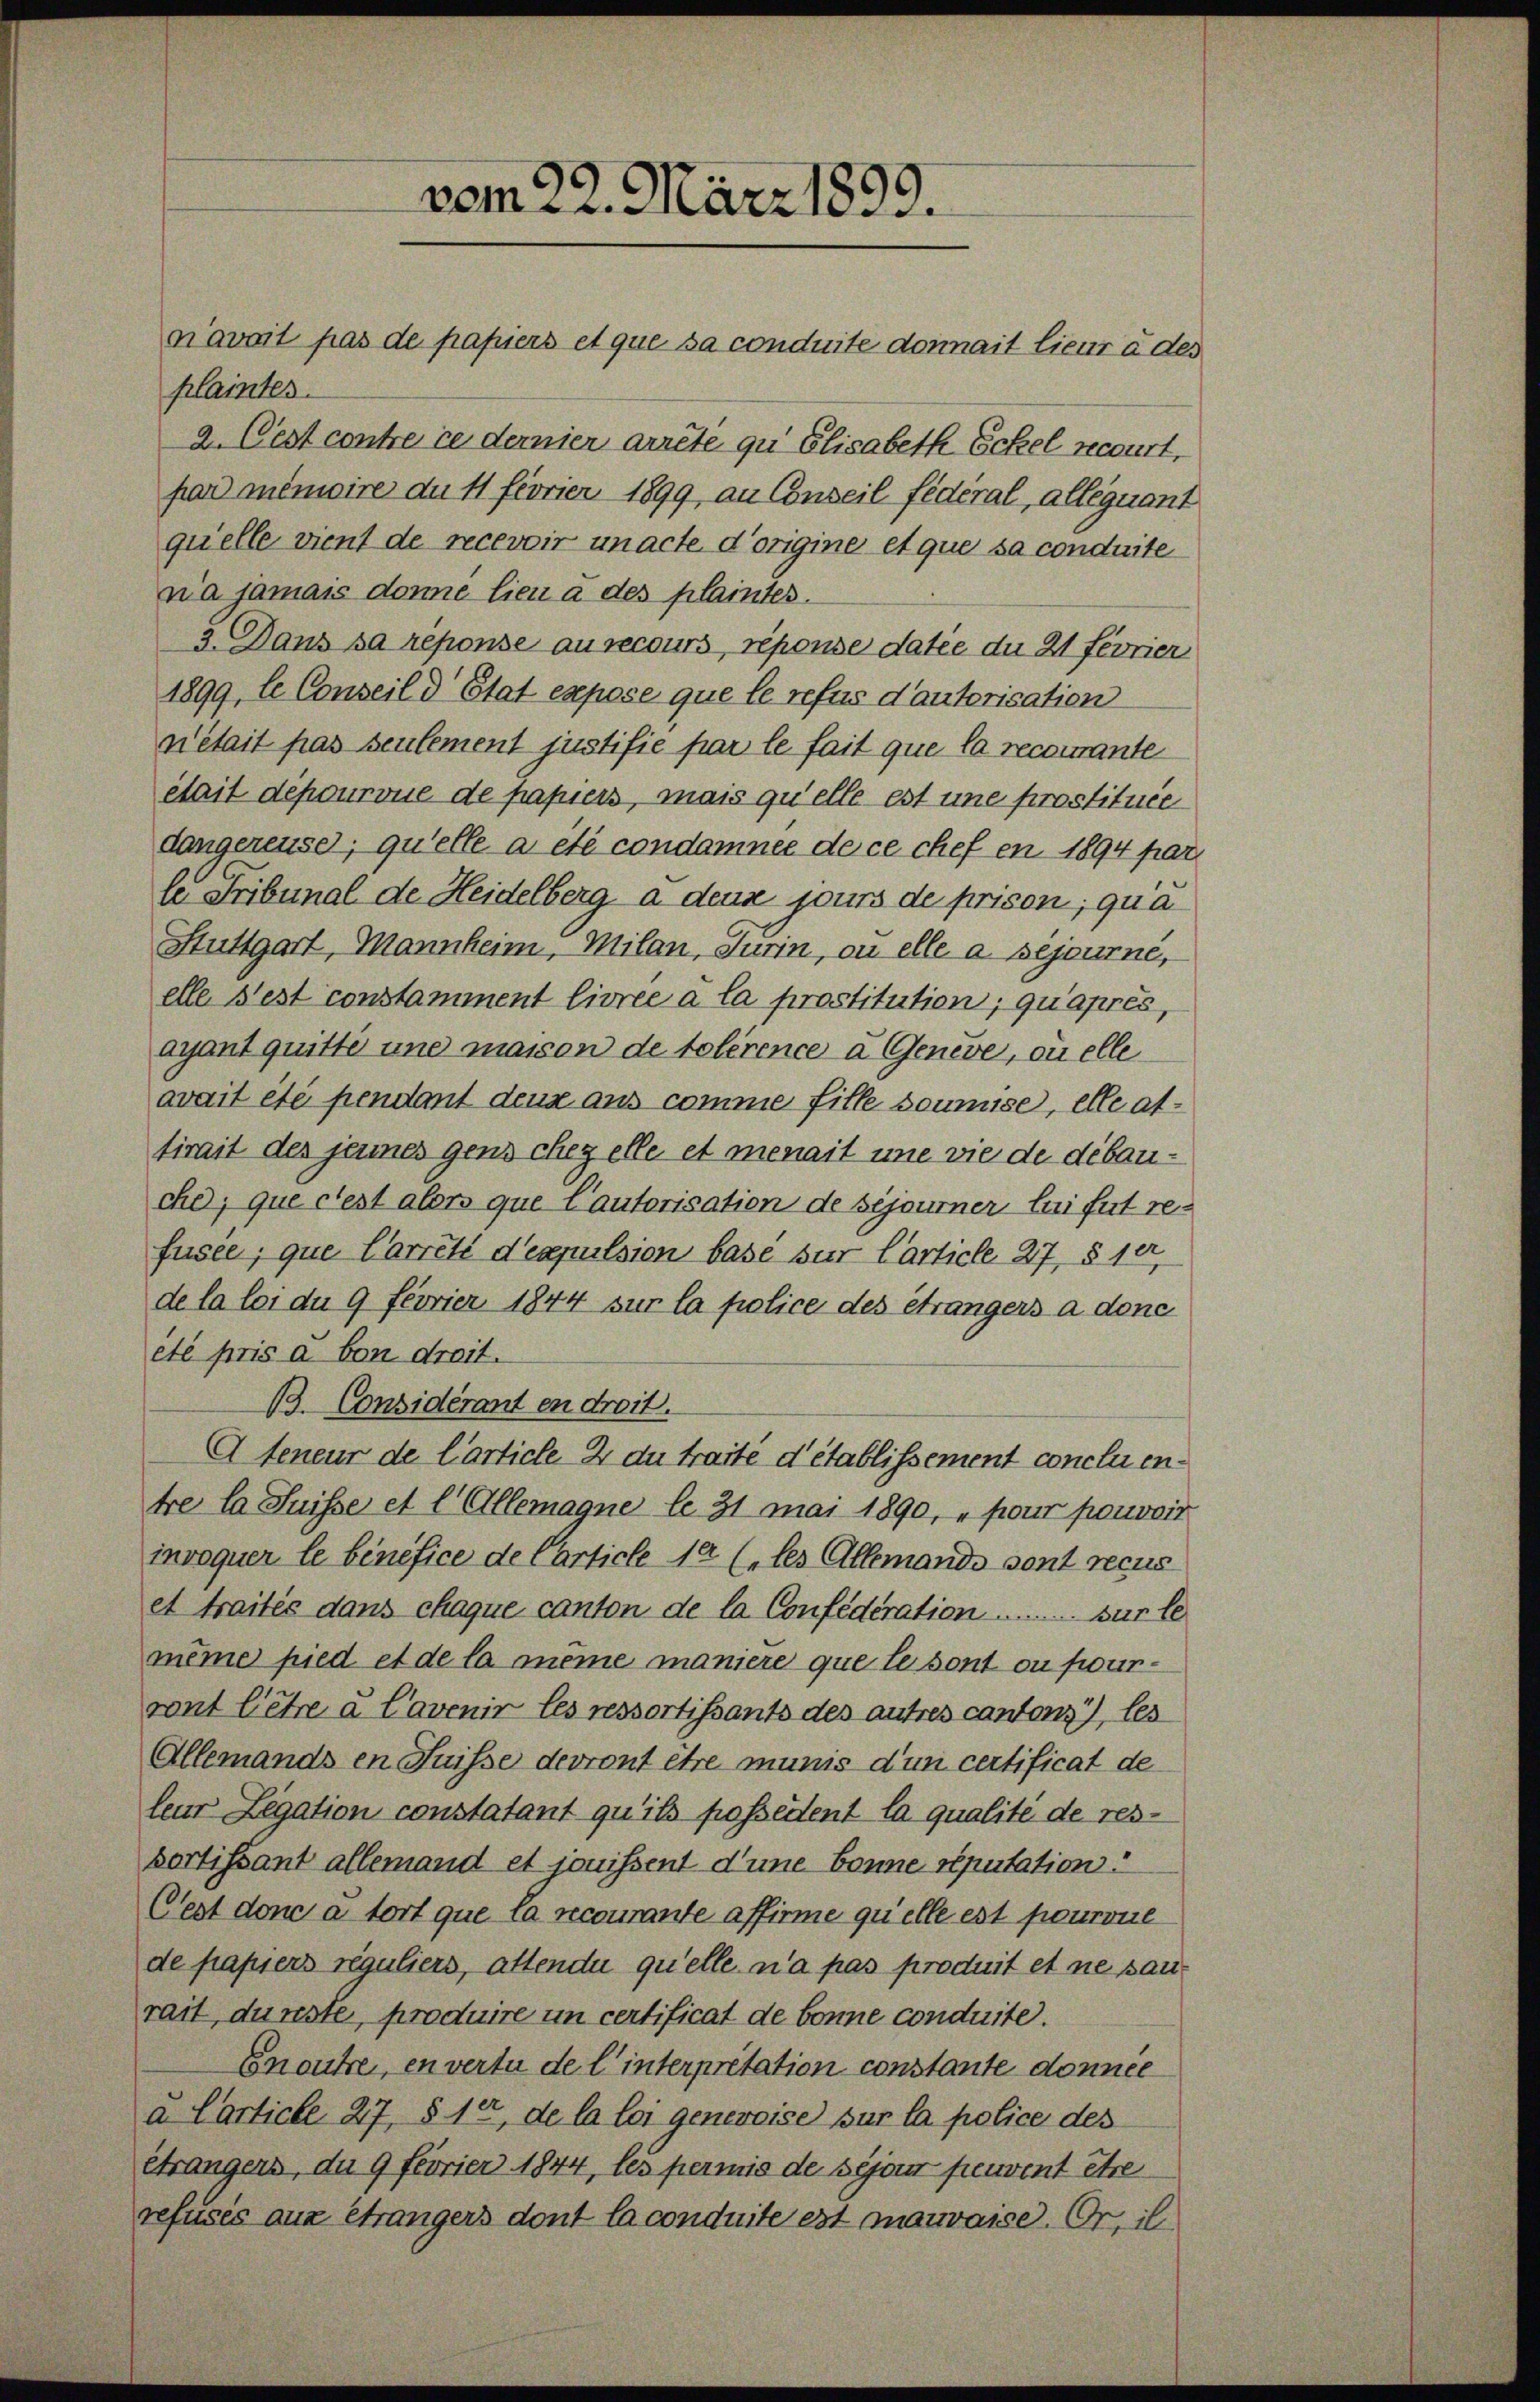
plaintes.
a. Cest contre ce dernier arrete zu Elisabeth Eckel recourt,
pard mémoire du 11 féorier 1899, an Conseil fédéral, allequant
quelle vient de recevoir unacte d’origine et que sa conduite
na jamais donne lieu à des plaintes.
3. Dans sa reponse au recours, réponse datie du 21 Fevrier
1899, le Conseil d’Etat expose que le refus d’autorisation
nétait pas seulement justifie par le fait que la recomante
était depourvue de papiers, mais quelle est une prostituée
dangereuse, qu’elle a été condamnee de ce chef en 1894 par
le Tribunal de Heidelberg a deux jours de prison, qua
Stuttgart, Mannheim, Milan, Turin, ou elle a sejourné,
elle s’est constamment livrée à la prostitution, qu’après,
ayant quitte une maison de tolérence à Geneve, quelle
avait été pendant deux aus comme fille soumise, elle altirait des jenes gens chez elle et menait une wie de débauchd; que cest alors que Cautorisation de séjourner lui fut refusee, que Carreté d’eapulsion base sur Carticle 27, § 10,
de la loi du 9 Fevrier 1844 sur la police des étrangers a donc
eté pris a von dreit.
B. Considérant en droit.
Ateneur de l’article 2 du traité d’établissement concluentre la Suisse et l. Allemagne le 31 mai 1890, „ pour pouvoir
invoquer le bénéfice de Carticle 1er (les Allemando sont recus
et traités dans chaque canton de la Confederation . . . . . . . . sur le
même pied et de la meine maniere que le sont ou fourront l’être u Cavenir les ressortissants des autres cantons), les
Allemands en Suisse devront être munis d’un certificat de
leur Legation constatant qu’ils possèdent la qualité de resbortissant allemand et jouissent d’une bonne reputation
Cest don a tort que la recourante affirme quelle est pourvie
de papiers reguliers, attendu qu’elle n’a pas produit et ne sanrait, dünste, produire in certificat de bonne conduite.
Enoute, en vertu de l’interpretation constante donnée
a Carticle 27, § 14, de la loi genereise sur la police des
étrangens, du 9 feurier 1844, les permis de seyen peuvent être
refusés aux étrangers dont la conduite est mauvaise. Or, il

vom 22. März 1899.
n’avait pas de papiers et que sa conduite donnait lieur à des